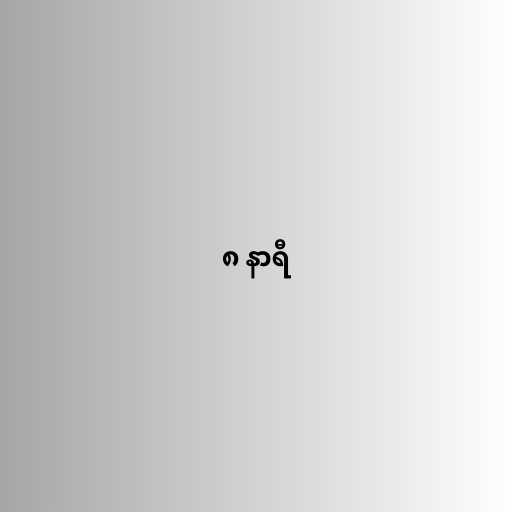
၈ နာရီ